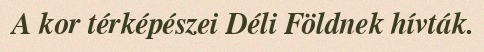
A kor térképészei Déli Földnek hívták.